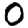
Digit: 0